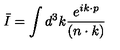
\bar { I } = \int d ^ { 3 } k { \frac { e ^ { i k \cdot p } } { ( n \cdot k ) } }